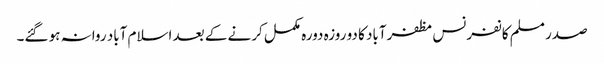
صدر مسلم کانفرنس مظفرآباد کا دو روزہ دورہ مکمل کرنے کے بعد اسلام آباد روانہ ہو گئے۔